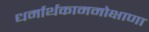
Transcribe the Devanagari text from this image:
धर्मार्थकाममोक्षाणा